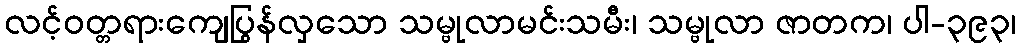
လင့်ဝတ္တရားကျေပြွန်လှသော သမ္ဗုလာမင်းသမီး၊ သမ္ဗုလာ ဇာတက၊ ပါ-၃၉၃၊